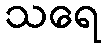
သရေ